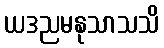
ယဒညမနုသာသသိ